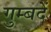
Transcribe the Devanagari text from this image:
गुम्बदें